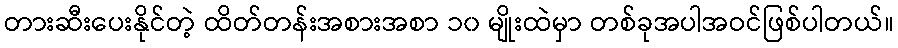
တားဆီးပေးနိုင်တဲ့ ထိတ်တန်းအစားအစာ ၁၀ မျိုးထဲမှာ တစ်ခုအပါအဝင်ဖြစ်ပါတယ်။